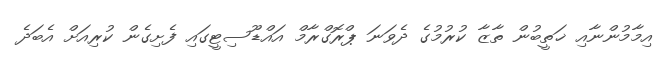
އިމާމުންނާއި ޚަތީބުން ތާޒާ ކުރުމުގެ ދެވަނަ ޕްރޮގްރާމް އައްޑޫސިޓީގައި ފެށިގެން ކުރިއަށް އެބަދެ